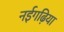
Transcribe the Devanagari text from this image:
नईगढ़िया